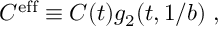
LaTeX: C ^ { \mathrm { e f f } } \equiv C ( t ) g _ { 2 } ( t , 1 / b ) \; ,